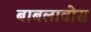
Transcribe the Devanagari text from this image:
बाबलावोस